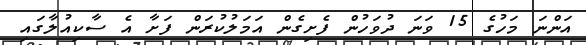
އަންނަ މަހުގެ 15 ވަނަ ދުވަހުން ފެށިގެން އަމަލުކުރަން ފަށާ އެ ސާކިއުލާގައި